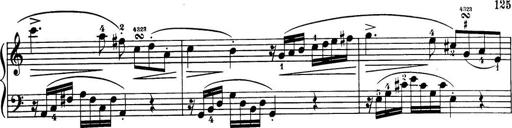
Title: 32 Sonatinas and Rondos for the Piano
Composer: Richard Kleinmichel